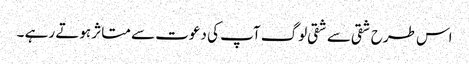
اس طرح شقی سے شقی لوگ آپ کی دعوت سے متاثر ہوتے رہے ۔